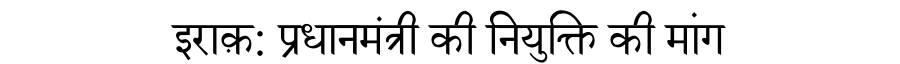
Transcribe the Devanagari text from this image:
इराक़: प्रधानमंत्री की नियुक्ति की मांग